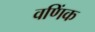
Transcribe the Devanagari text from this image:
वणिंक